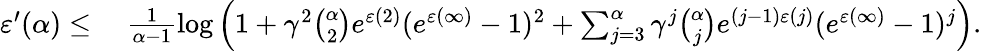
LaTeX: \begin{array}{rl}{\varepsilon^{\prime}(\alpha)\leq}&{\ \frac{1}{\alpha-1}\log\left(1+\gamma^{2}\binom{\alpha}{2}e^{\varepsilon(2)}(e^{\varepsilon(\infty)}-1)^{2}+\sum_{j=3}^{\alpha}\gamma^{j}\binom{\alpha}{j}e^{(j-1)\varepsilon(j)}(e^{\varepsilon(\infty)}-1)^{j}\right).}\end{array}